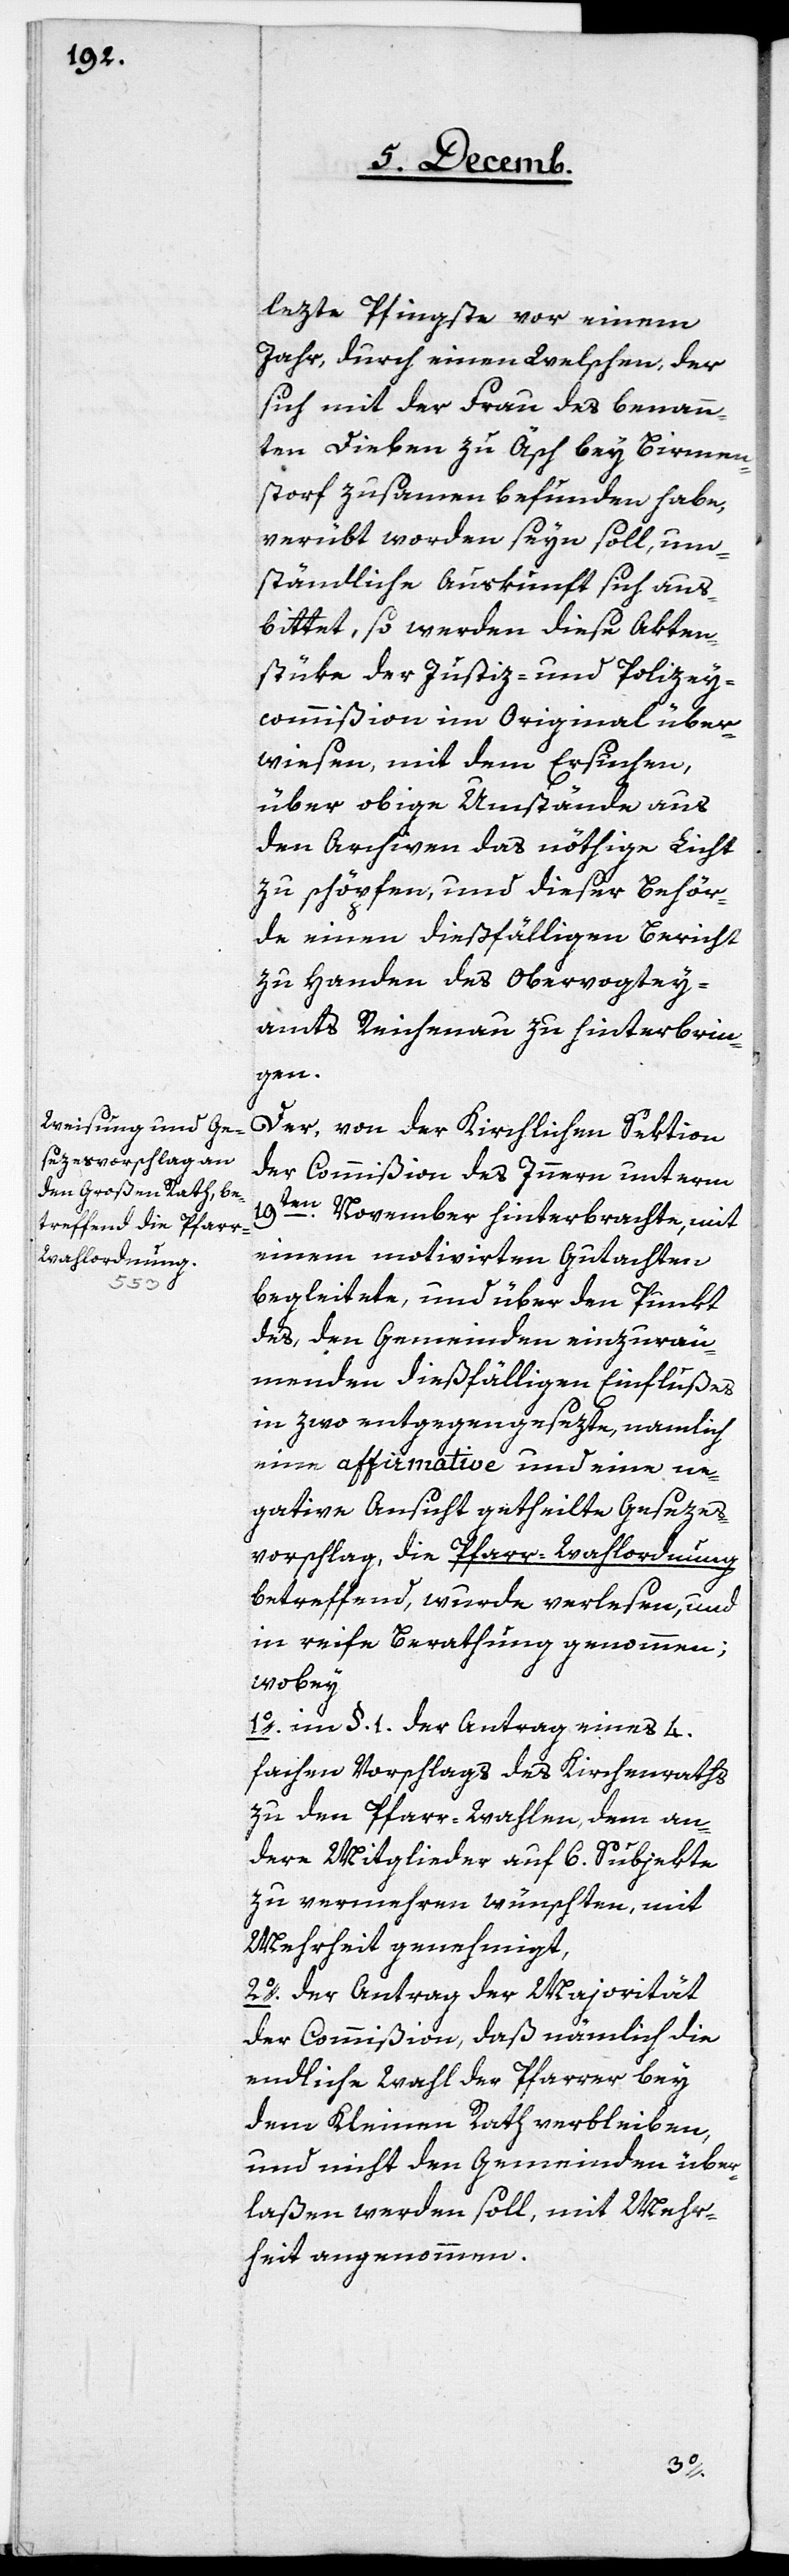
lezte Pfingste vor einem
Jahr, durch einen Welschen, der
sich mit der Frau des benann¬
ten Dieben zu Äsch bey Birmen¬
storf zusammen befunden habe,
verübt worden seyn soll, um¬
ständliche Auskunft sich aus¬
bittet, so werden diese Akten¬
stüke der Justiz- und Polizey¬
commißion im Original über¬
wiesen, mit dem Ersuchen,
über obige Umstände aus
den Archiven das nöthige Licht
zu schöpfen, und dieser Behör¬
de einen dießfälligen Bericht
zu Handen des Obervogtey¬
amts Reichenau zu hinterbrin¬
gen.
Der, von der Kirchlichen Sektion
der Commißion des Innern unterm
19ten. November hinterbrachte, mit
einem motivirten Gutachten
begleitete, und über den Punkt
des, den Gemeinden einzuräu¬
menden dießfälligen Einflußes
in zwo entgegengesezte, namlich
eine affirmative und eine ne¬
gative Ansicht getheilte Gesezes¬
vorschlag, die Pfarr-Wahlordnung
betreffend, wurde verlesen, und
in reife Berathung genommen;
wobey
1. im §. 1. der Antrag eines 4.
fachen Vorschlags des Kirchenraths
zu den Pfarr-Wahlen, dem an¬
dere Mitglieder auf 6. Subjekte
zu vermehren wünschten, mit
Mehrheit genehmigt.
2. der Antrag der Majorität
der Commißion, daß nämlich die
endliche Wahl der Pfarrer bey
dem Kleinen Rath verbleiben,
und nicht den Gemeinden über¬
laßen werden soll, mit Mehr¬
heit angenommen.